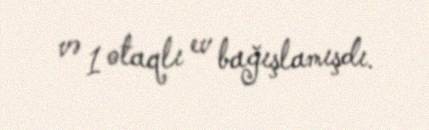
və 1 otaqlı ev bağışlamışdı.